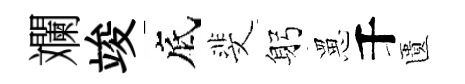
斕竣底斐躬罳千匱